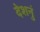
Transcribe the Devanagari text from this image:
देशनुं